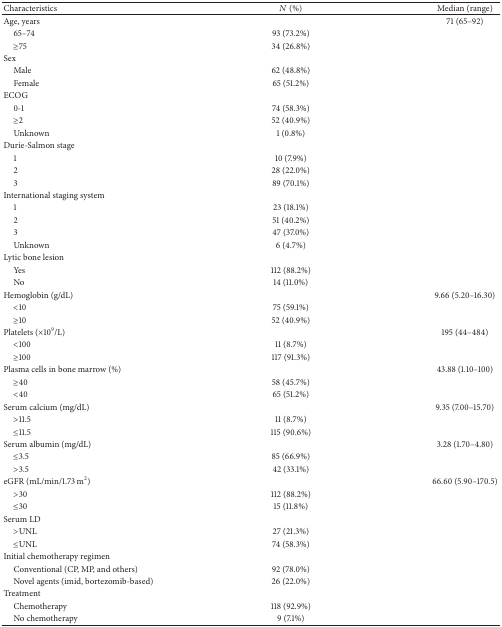
<table><thead><tr><td><b>Characteristics</b></td><td><b><i>N</i> (%)</b></td><td><b>Median (range)</b></td></tr></thead><tbody><tr><td>Age, years</td><td> </td><td>71 (65–92)</td></tr><tr><td> 65–74</td><td>93 (73.2%) </td><td> </td></tr><tr><td> ≥75</td><td>34 (26.8%)</td><td> </td></tr><tr><td>Sex</td><td> </td><td> </td></tr><tr><td> Male</td><td>62 (48.8%) </td><td> </td></tr><tr><td> Female</td><td>65 (51.2%)</td><td> </td></tr><tr><td>ECOG </td><td> </td><td> </td></tr><tr><td> 0-1 </td><td>74 (58.3%)</td><td> </td></tr><tr><td> ≥2</td><td>52 (40.9%)</td><td> </td></tr><tr><td> Unknown</td><td>1 (0.8%)</td><td> </td></tr><tr><td>Durie-Salmon stage</td><td> </td><td> </td></tr><tr><td> 1</td><td>10 (7.9%)</td><td> </td></tr><tr><td> 2</td><td>28 (22.0%)</td><td> </td></tr><tr><td> 3</td><td>89 (70.1%) </td><td> </td></tr><tr><td>International staging system</td><td> </td><td> </td></tr><tr><td> 1</td><td>23 (18.1%)</td><td> </td></tr><tr><td> 2</td><td>51 (40.2%)</td><td> </td></tr><tr><td> 3</td><td>47 (37.0%)</td><td> </td></tr><tr><td> Unknown</td><td>6 (4.7%)</td><td> </td></tr><tr><td>Lytic bone lesion </td><td> </td><td> </td></tr><tr><td> Yes</td><td>112 (88.2%)</td><td> </td></tr><tr><td> No</td><td>14 (11.0%)</td><td> </td></tr><tr><td>Hemoglobin (g/dL)</td><td> </td><td>9.66 (5.20–16.30)</td></tr><tr><td> &lt;10</td><td>75 (59.1%)</td><td> </td></tr><tr><td> ≥10</td><td>52 (40.9%)</td><td> </td></tr><tr><td>Platelets (×10<sup>9</sup>/L) </td><td> </td><td>195 (44–484)</td></tr><tr><td> &lt;100 </td><td>11 (8.7%)</td><td> </td></tr><tr><td> ≥100 </td><td> 117 (91.3%)</td><td> </td></tr><tr><td>Plasma cells in bone marrow (%)</td><td> </td><td>43.88 (1.10–100)</td></tr><tr><td> ≥40</td><td>58 (45.7%)</td><td> </td></tr><tr><td> &lt;40</td><td>65 (51.2%)</td><td> </td></tr><tr><td>Serum calcium (mg/dL)</td><td> </td><td>9.35 (7.00–15.70)</td></tr><tr><td>&gt;11.5</td><td>11 (8.7%)</td><td> </td></tr><tr><td>≤11.5</td><td>115 (90.6%)</td><td> </td></tr><tr><td>Serum albumin (mg/dL)</td><td> </td><td>3.28 (1.70–4.80)</td></tr><tr><td> ≤3.5 </td><td>85 (66.9%)</td><td> </td></tr><tr><td> &gt;3.5 </td><td>42 (33.1%)</td><td> </td></tr><tr><td>eGFR (mL/min/1.73 m<sup>2</sup>)</td><td> </td><td>66.60 (5.90–170.5)</td></tr><tr><td> &gt;30 </td><td>112 (88.2%)</td><td> </td></tr><tr><td> ≤30</td><td>15 (11.8%)</td><td> </td></tr><tr><td>Serum LD</td><td> </td><td> </td></tr><tr><td> &gt;UNL</td><td>27 (21.3%)</td><td> </td></tr><tr><td> ≤UNL</td><td>74 (58.3%)</td><td> </td></tr><tr><td>Initial chemotherapy regimen </td><td> </td><td> </td></tr><tr><td> Conventional (CP, MP, and others)</td><td>92 (78.0%)</td><td> </td></tr><tr><td> Novel agents (imid, bortezomib-based)</td><td>26 (22.0%)</td><td> </td></tr><tr><td>Treatment </td><td> </td><td> </td></tr><tr><td> Chemotherapy</td><td>118 (92.9%)</td><td> </td></tr><tr><td> No chemotherapy</td><td>9 (7.1%)</td><td> </td></tr></tbody></table>